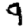
Digit: 9